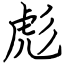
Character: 彪